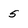
Character: 5